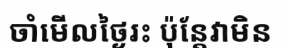
ចាំមើលថ្ងៃរះ ប៉ុន្តែវាមិន